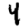
Digit: 4